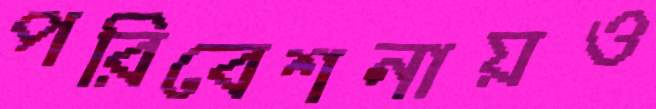
পরিবেশনায়ও